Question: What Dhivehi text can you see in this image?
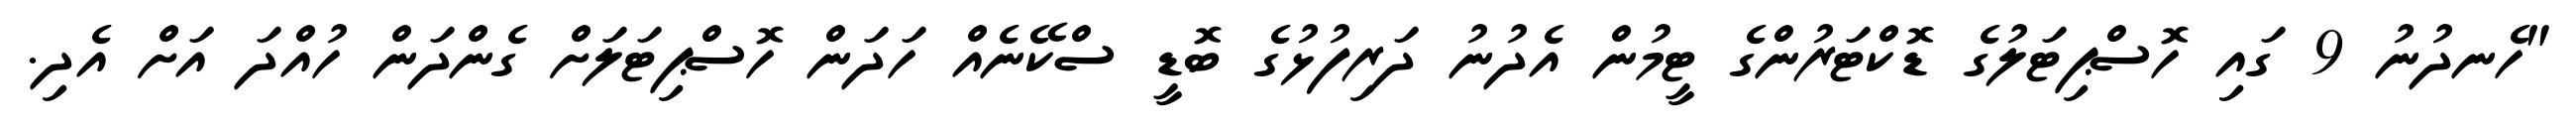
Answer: "ހެނދުނު 9 ގައި ހޮސްޕިޓަލުގެ ޑޮކްޓަރުންގެ ޓީމުން އެދުނު ދަރިފުޅުގެ ބޮޑީ ސްކޭނެއް ހަދަން ހޮސްޕިޓަލަށް ގެންދަން ހުއްދަ އަށް އެދި.